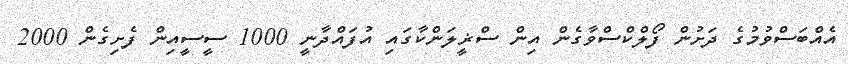
އެއްބަސްވުމުގެ ދަށުން ފޯލްކްސްވާގެން އިން ސްޜީލަންކާގައި އުފައްދާނީ 1000 ސީސީއިން ފެށިގެން 2000